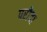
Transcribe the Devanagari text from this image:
परोदा